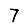
Digit: 7